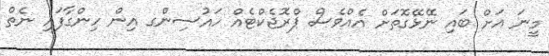
މީނަ އަށް ބައި ނޭޅޭގޮތަށް އެއްވެސް ޕްރޮޖެކްޓެއް ހައުސިންގ އިން ހިންގާފައި ނެތް